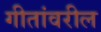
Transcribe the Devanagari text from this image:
गीतांवरील